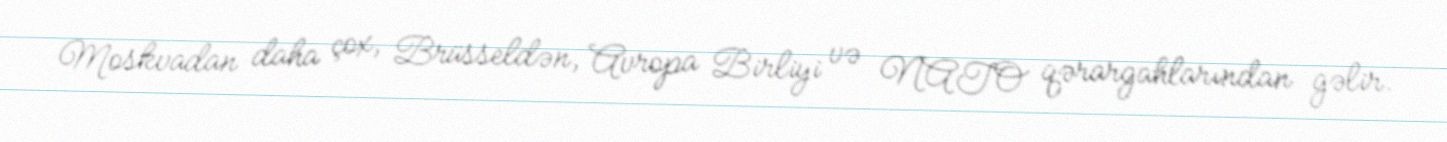
Moskvadan daha çox, Brüsseldən, Avropa Birliyi və NATO qərargahlarından gəlir.